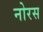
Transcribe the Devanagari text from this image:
नोरस